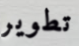
تطوير